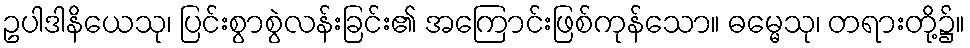
ဥပါဒါနိယေသု၊ ပြင်းစွာစွဲလန်းခြင်း၏ အကြောင်းဖြစ်ကုန်သော။ ဓမ္မေသု၊ တရားတို့၌။